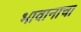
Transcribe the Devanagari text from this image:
भावानाचा